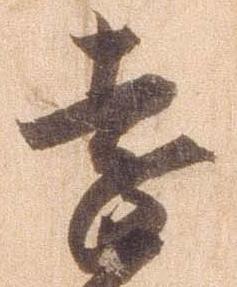
遠